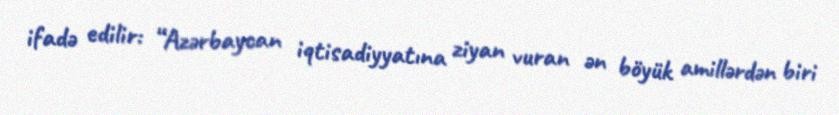
ifadə edilir: “Azərbaycan iqtisadiyyatına ziyan vuran ən böyük amillərdən biri